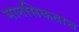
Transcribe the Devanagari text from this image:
मानसिकताच